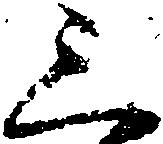
三